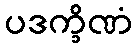
ပဒက္ခိဏံ